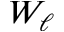
W _ { \ell }